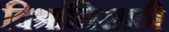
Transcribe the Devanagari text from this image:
विश्रांतिसाठी